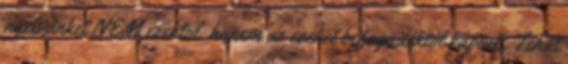
nyelvünket NEM ezektol, hanem az ezeket befogadóktól kaptuk. Tehát